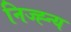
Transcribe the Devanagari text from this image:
निज्ह्न्य